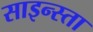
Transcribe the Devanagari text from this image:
साइन्स्ता